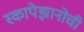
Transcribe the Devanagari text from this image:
स्कापेझानोची